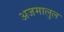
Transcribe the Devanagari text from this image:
अजमालुल